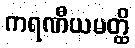
ကရဏီယမတ္ထိ